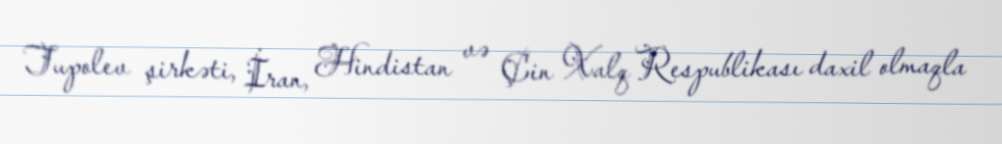
Tupolev şirkəti, İran, Hindistan və Çin Xalq Respublikası daxil olmaqla